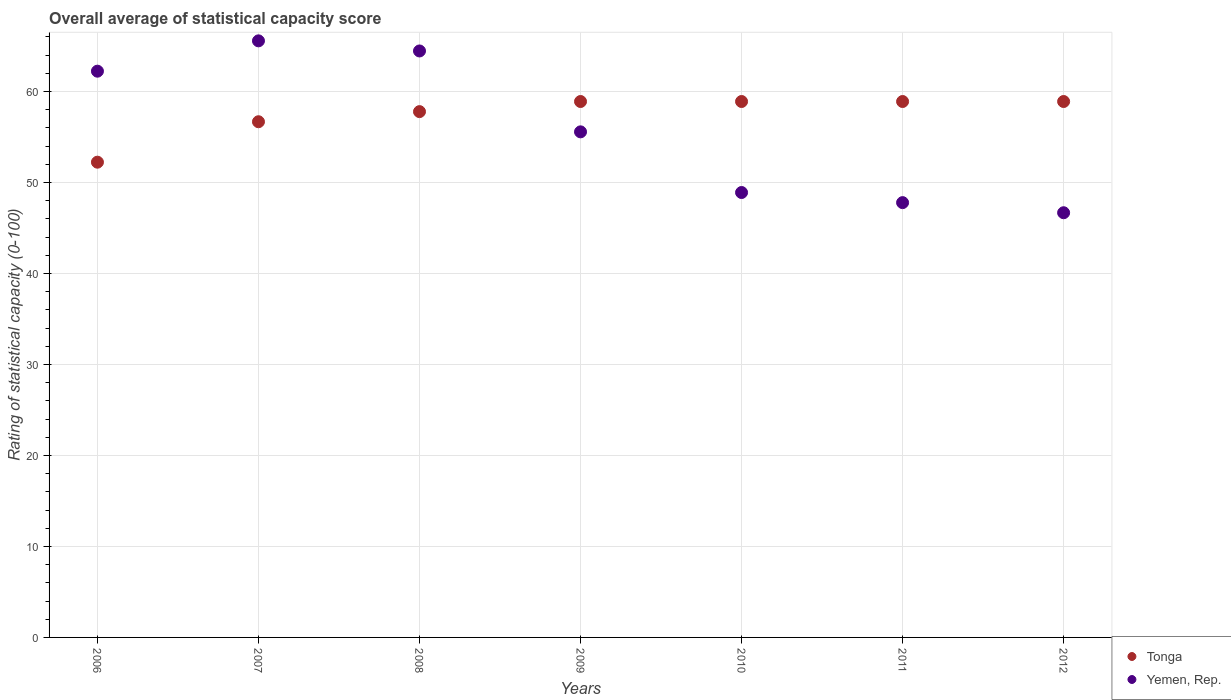
| Years | Tonga | Yemen, Rep. |
 | --- | --- | --- |
 | 2006 | 52.2 | 62.2 |
 | 2007 | 56.7 | 65.6 |
 | 2008 | 57.8 | 64.4 |
 | 2009 | 58.9 | 55.6 |
 | 2010 | 58.9 | 48.9 |
 | 2011 | 58.9 | 47.8 |
 | 2012 | 58.9 | 46.7 |